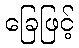
ခြေဖြင့်